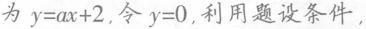
为 $$y = a x + 2$$ ，令 $$y = 0$$ ，利用题设条件，